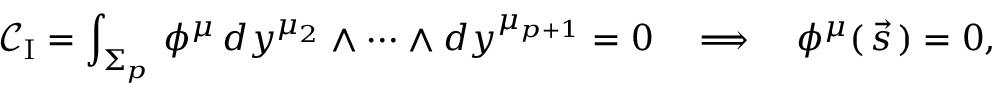
{ \mathcal { C } } _ { \mathrm { I } } = \int _ { \Sigma _ { p } } \, \phi ^ { \mu } \, d y ^ { \mu _ { 2 } } \wedge \dots \wedge d y ^ { \mu _ { p + 1 } } = 0 \quad \Longrightarrow \quad \phi ^ { \mu } ( \, \vec { s } \, ) = 0 ,